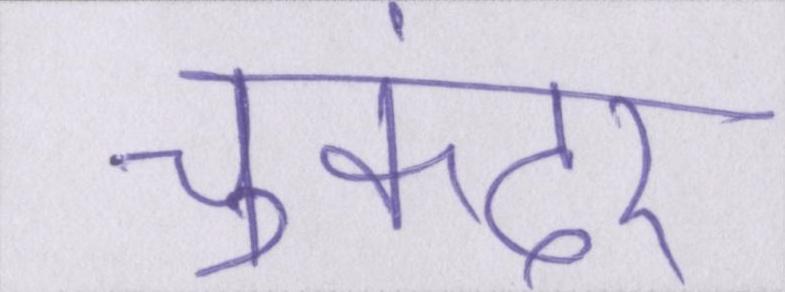
चुकंदर